Report of the Municipal Commissioner on the plague in Bombay for the year ending 31st May... - Volume 2
Disease focus: Plague
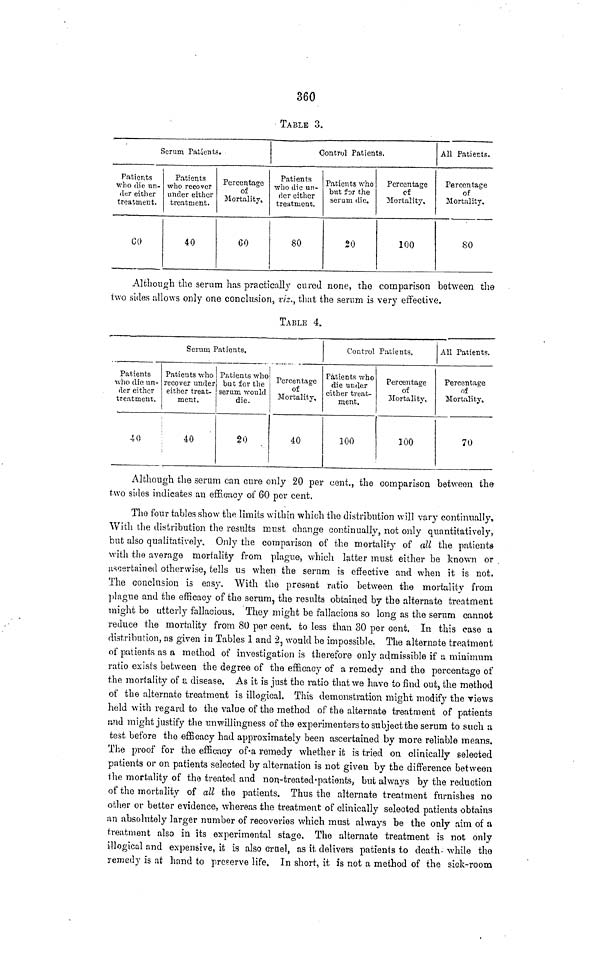
360
TABLE 3.
Serum Patients.
Patients
who die un-
der either
treatment.
60
Patients
who recover
under either
treatment.
40
Percentage
of
Mortality,
60
Patients
who die un-
der either
treatment.
80
Control Patients.
Patients who
but for the
serum die.
20
Percentage
of
Mortality.
100
All Patients.
Percentage
of
Mortality.
80
Although the serum has practically cured none, the comparison between the
two sides allows only one conclusion, viz., that the serum is very effective.
TABLE 4.
Serum Patients.
Patients
who die un-
der either
treatment.
40
Patients who
recover under
either treat-
ment,
40
Patients who
but for the
serum would
die.
20
Percentage
of
Mortality,
40
Control Patients.
Patients who
die under
either treat-
ment.
100
Percentage
of
Mortality,
100
All Patients.
Percentage
of
Mortality,
70
Although the serum can cure only 20 per cent., the comparison between the
two sides indicates an efficacy of GO per cent.
The four tables show the limits within which the distribution will vary continually,
With the distribution the results must change continually, not only quantitatively,
but also qualitatively. Only the comparison of the mortality of all the patients
with the average mortality from plague, which latter must either be known or
ascertained otherwise, tells us when the serum is effective and when it is not.
The conclusion is easy. With the present ratio between the mortality from
plague and the efficacy of the serum, the results obtained by the alternate treatment
might be utterly fallacious. They might be fallacious so long as the serum cannot
reduce the mortality from 80 per cent. to less than SO per cent. In this case a
distribution, as given in Tables 1 and 2, would be impossible. The alternate treatment
of patients as a method of investigation is therefore only admissible if a minimum
ratio exists between the degree of the efficacy of a remedy and the percentage of
the mortality of a disease. As it is just the ratio that we have to find out, the method
of the alternate treatment is illogical. This demonstration might modify the views
held with regard to the value of the method of the alternate treatment of patients
and might justify the unwillingness of the experimenters to subject the serum to such a
test before the efficacy had approximately been ascertained by more reliable means.
The proof for the efficacy of a remedy whether it is tried on clinically selected
patients or on patients selected by alternation is not given by the difference between
i he mortality of the treated and non-treated patients, but always by the reduction
of the mortality of all the patients. Thus the alternate treatment furnishes no
other or better evidence, whereas the treatment of clinically selected patients obtains
an absolutely larger number of recoveries which must always be the only aim of a
treatment also in its experimental stage. The alternate treatment is not only
illogical and expensive, it is also cruel, as it delivers patients to death- while the
remedy is at hand to preserve life. In short, it is not a method of the sick-room